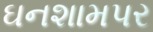
ઘનશામપર